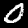
Label: 0